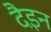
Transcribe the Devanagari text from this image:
दैइन